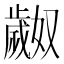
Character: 𬆎